Report of the Indian Hemp Drugs Commission, 1894-1895 - Volume VIII
Year: 1894
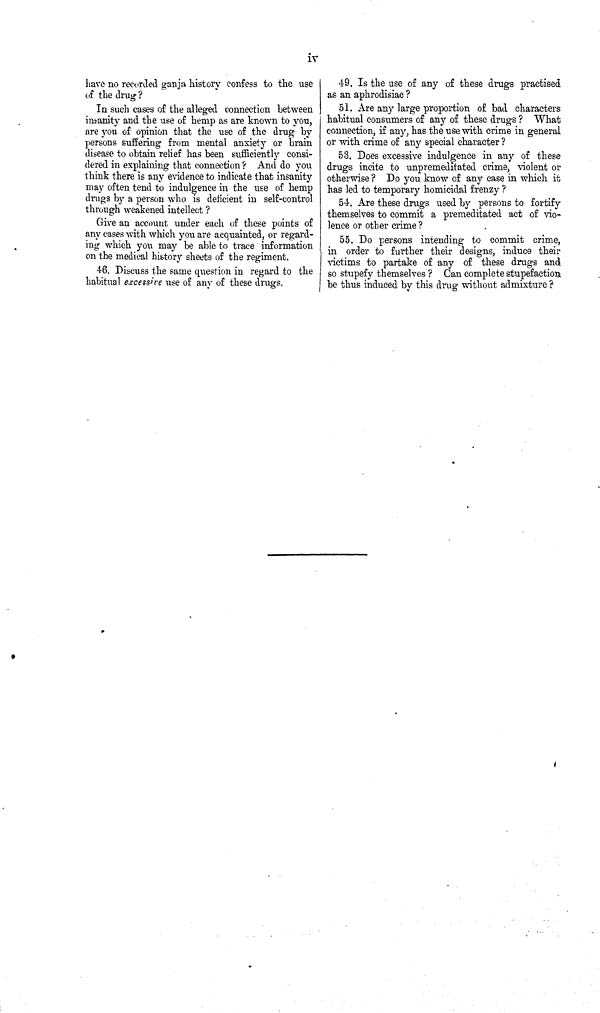
iv
have no recorded ganja history confess to the use
of the drug?
In such cases of the alleged connection between
insanity and the use of hemp as are known to you,
are you of opinion that the use of the drug by
persons suffering from mental anxiety or brain
disease to obtain relief has been sufficiently consi-
dered in explaining that connection? And do you
think there is any evidence to indicate that insanity
may often tend to indulgence in the use of hemp
drugs by a person who is deficient in self-control
through weakened intellect?
Give an account under each of these points of
any cases with which you are acquainted, or regard-
ing which you may be able to trace information
on the medical history sheets of the regiment.
46. Discuss the same question in regard to the
habitual excessive use of any of these drugs.
49. Is the use of any of these drugs practised
as an aphrodisiac?
51. Are any large proportion of bad characters
habitual consumers of any of these drugs? What
connection, if any, has the use with crime in general
or with crime of any special character?
53. Does excessive indulgence in any of these
drugs incite to unpremeditated crime, violent or
otherwise? Do you know of any case in which it
has led to temporary homicidal frenzy?
54. Are these drugs used by persons to fortify
themselves to commit a premeditated act of vio-
lence or other crime?
55. Do persons intending to commit crime,
in order to further their designs, induce their
victims to partake of any of these drugs and
so stupefy themselves? Can complete stupefaction
be thus induced by this drug without admixture?